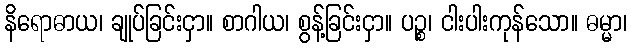
နိရောဓာယ၊ ချုပ်ခြင်းငှာ။ စာဂါယ၊ စွန့်ခြင်းငှာ။ ပဉ္စ၊ ငါးပါးကုန်သော။ ဓမ္မာ၊